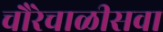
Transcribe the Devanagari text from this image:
चौरेचाळीसवा